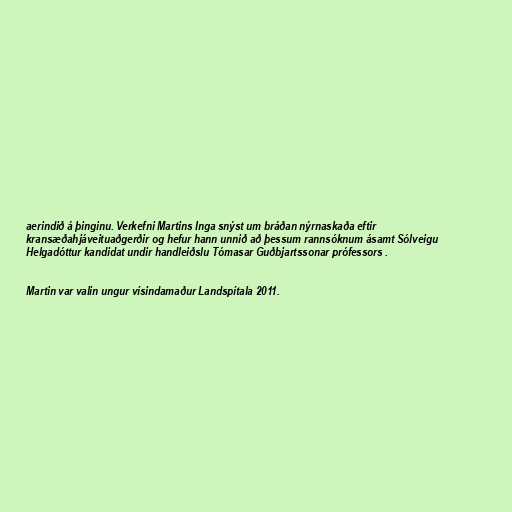
aerindið á þinginu. Verkefni Martins Inga snýst um bráðan nýrnaskaða eftir
kransæðahjáveituaðgerðir og hefur hann unnið að þessum rannsóknum ásamt Sólveigu
Helgadóttur kandidat undir handleiðslu Tómasar Guðbjartssonar prófessors .

Martin var valin ungur vísindamaður Landspítala 2011.